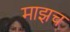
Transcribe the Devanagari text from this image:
माझच